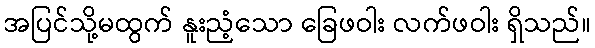
အပြင်သို့မထွက် နူးညံ့သော ခြေဖဝါး လက်ဖဝါး ရှိသည်။